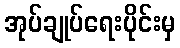
အုပ်ချုပ်ရေးပိုင်းမှ